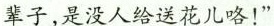
辈子,是没人给送花儿咯!”